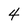
Character: 4